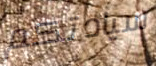
سيادتكم